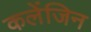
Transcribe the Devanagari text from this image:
कलेंजिन